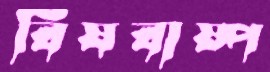
বিষবাষ্প